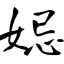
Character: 妃